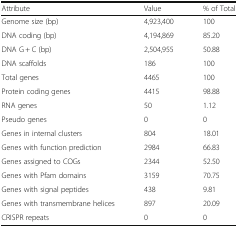
| Attribute | Value | % of Total |
 | --- | --- | --- |
 | Genome size (bp) | 4,923,400 | 100 |
 | DNA coding (bp) | 4,194,869 | 85.20 |
 | DNA G + C (bp) | 2,504,955 | 50.88 |
 | DNA scaffolds | 186 | 100 |
 | Total genes | 4465 | 100 |
 | Protein coding genes | 4415 | 98.88 |
 | RNA genes | 50 | 1.12 |
 | Pseudo genes | 0 | 0 |
 | Genes in internal clusters | 804 | 18.01 |
 | Genes with function prediction | 2984 | 66.83 |
 | Genes assigned to COGs | 2344 | 52.50 |
 | Genes with Pfam domains | 3159 | 70.75 |
 | Genes with signal peptides | 438 | 9.81 |
 | Genes with transmembrane helices | 897 | 20.09 |
 | CRISPR repeats | 0 | 0 |